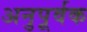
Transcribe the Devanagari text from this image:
अनुपूर्वक